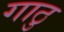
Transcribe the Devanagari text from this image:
गाठु